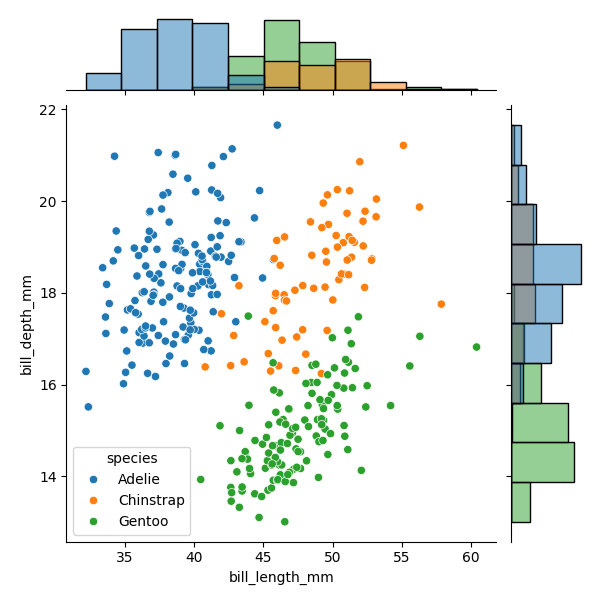
python, seaborn, JointGrid, scatterplot, histplot, hue